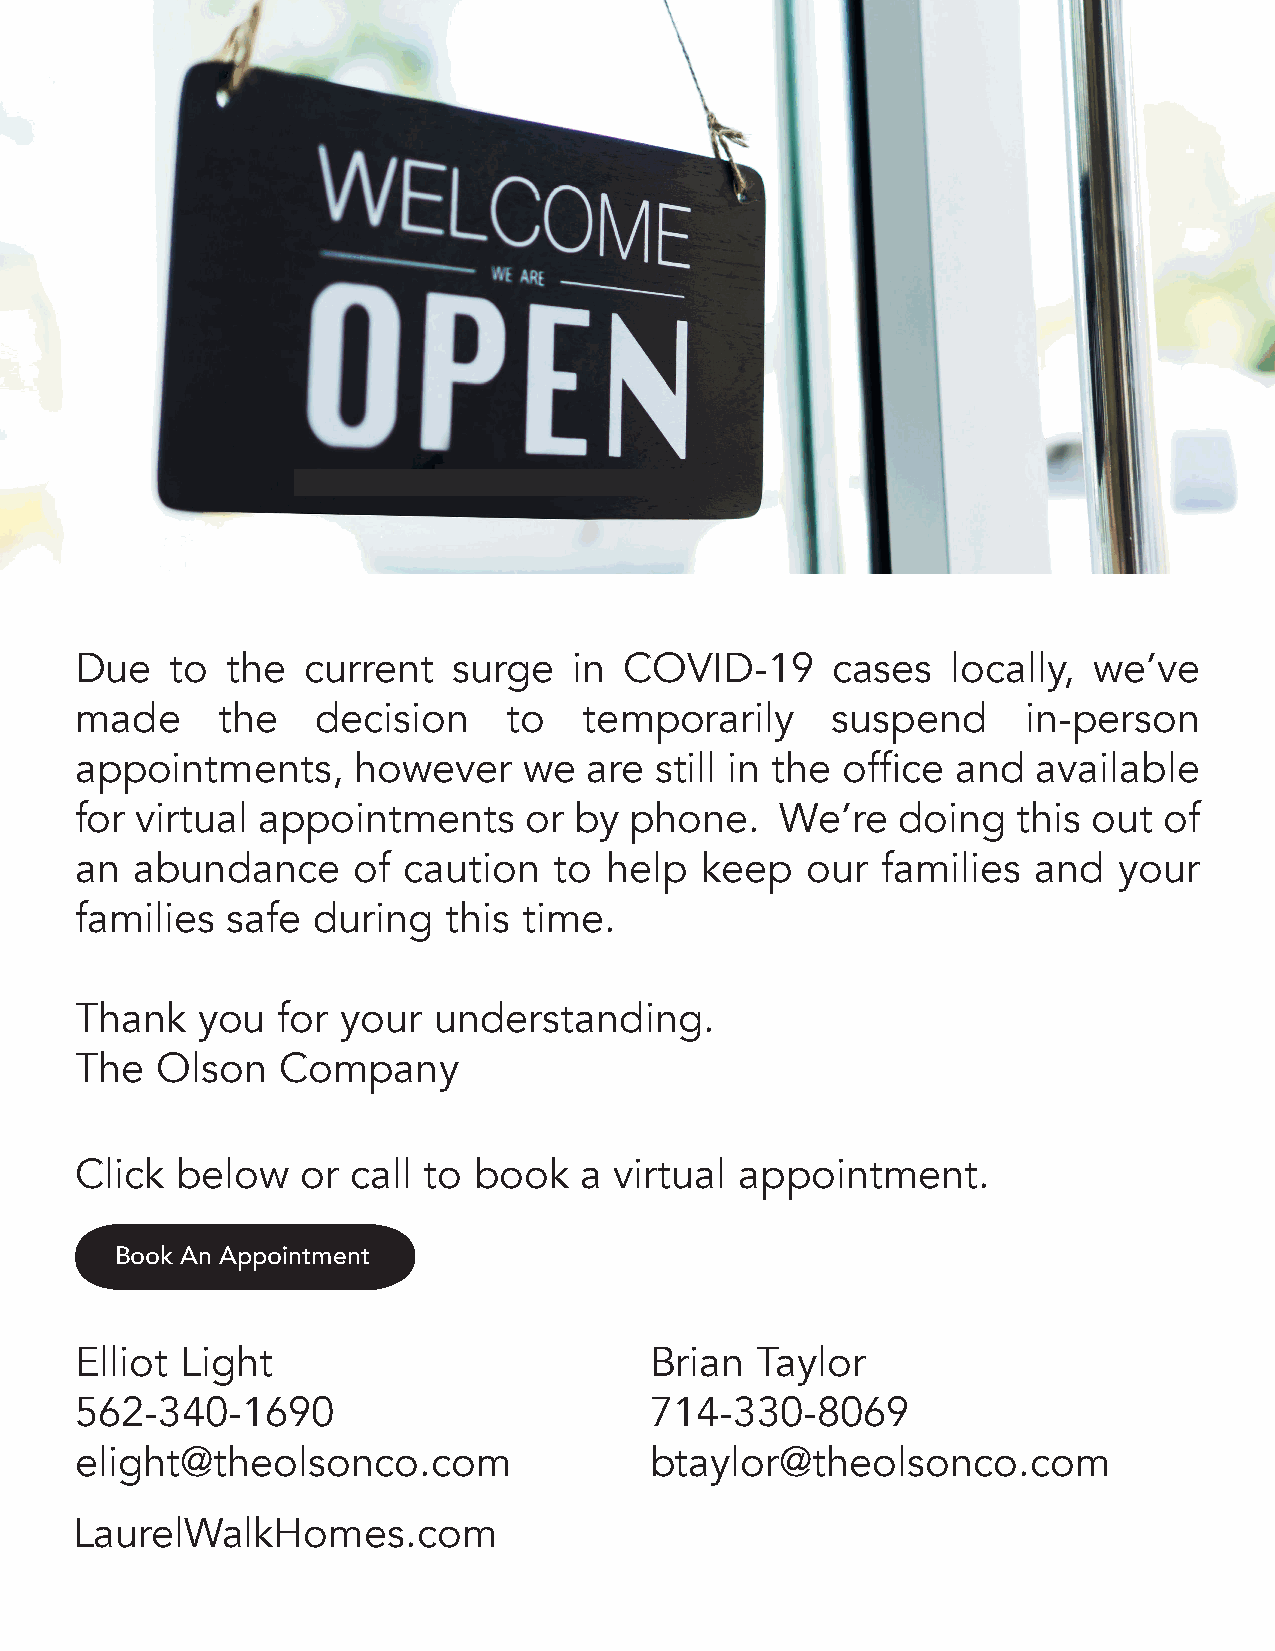
Due   to  the  current   surge   in COVID-19      cases   locally, we’ve
 made     the    decision     to   temporarily     suspend      in-person
 appointments,     however     we  are still in the office and   available
 for virtual appointments      or by  phone.    We’re  doing   this out  of
 an  abundance     of  caution   to help  keep   our  families  and   your
 families  safe  during   this time.
 Thank   you  for  your  understanding.
 The  Olson   Company
 Click  below   or call to book   a  virtual appointment.
 Book An Appointment
 Elliot Light                          Brian  Taylor
 562-340-1690                          714-330-8069
 elight@theolsonco.com                 btaylor@theolsonco.com
 LaurelWalkHomes.com